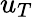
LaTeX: u_{T}